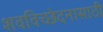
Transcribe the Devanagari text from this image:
शवविच्छेदनासाठी